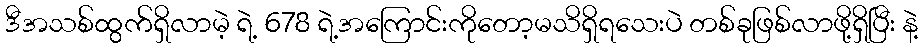
ဒီအသစ်ထွက်ရှိလာမဲ့ ရဲ့ 678 ရဲ့အကြောင်းကိုတော့မသိရှိရသေးပဲ တစ်ခုဖြစ်လာဖို့ရှိပြီး နဲ့